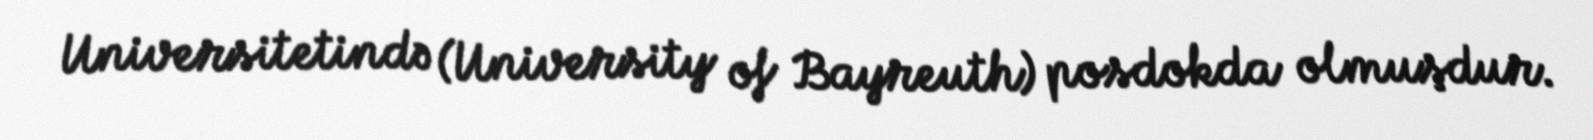
Universitetində (University of Bayreuth) posdokda olmuşdur.